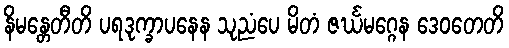
နိမန္တေတီတိ ပရဒုက္ခာပနေန သုညံပေ မိတံ ဇင်္ဃမဂ္ဂေန ဒေဝတေတိ